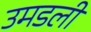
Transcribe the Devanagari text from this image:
उमडली